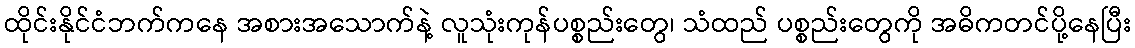
ထိုင်းနိုင်ငံဘက်ကနေ အစားအသောက်နဲ့ လူသုံးကုန်ပစ္စည်းတွေ၊ သံထည် ပစ္စည်းတွေကို အဓိကတင်ပို့နေပြီး